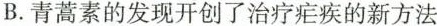
B.青蒿素的发现开创了治疗疟疾的新方法